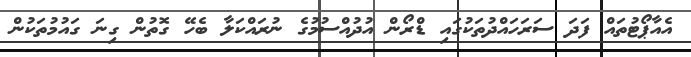
އެއާޕޯޓުތައް ފަދަ ސަރަހައްދުތަކުގައި ޑްރޯން އުދުއްސުމުގެ ނުރައްކަލާ ބެހޭ ގޮތުން ގިނަ ގައުމުތަކުން